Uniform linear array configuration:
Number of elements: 24
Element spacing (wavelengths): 0.5
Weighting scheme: cosine
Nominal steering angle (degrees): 0
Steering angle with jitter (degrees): -1.857
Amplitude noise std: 0.05
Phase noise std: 0.05

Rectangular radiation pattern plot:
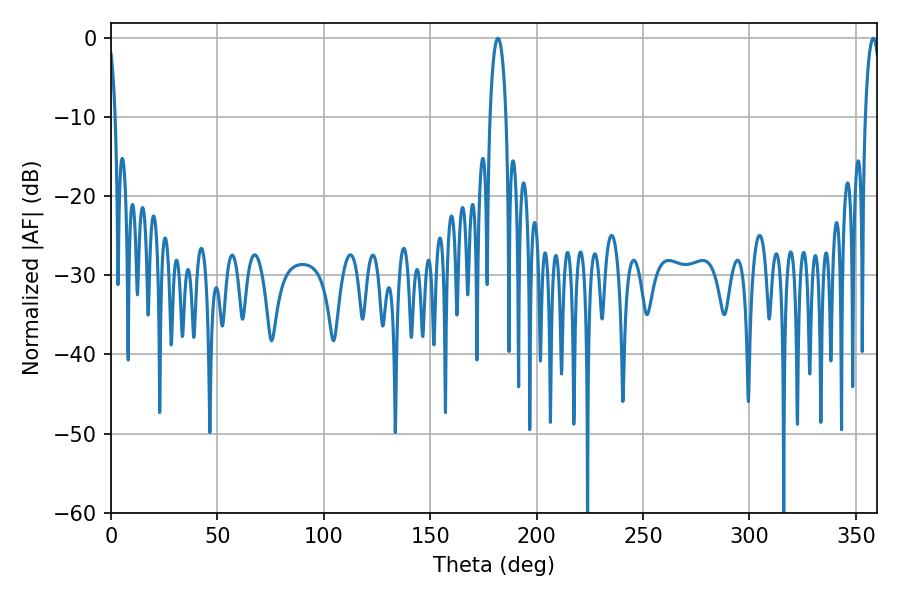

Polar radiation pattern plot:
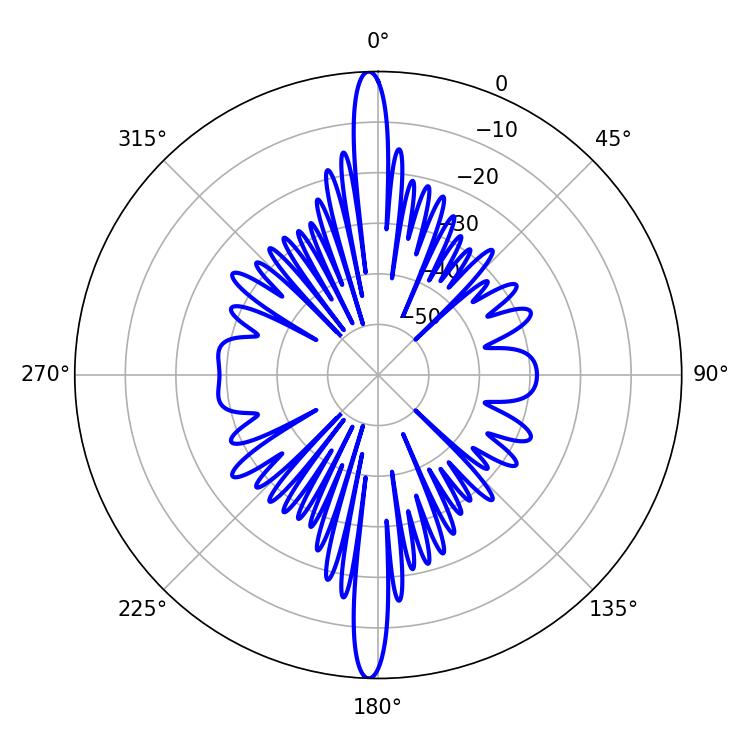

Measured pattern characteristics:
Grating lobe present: FALSE
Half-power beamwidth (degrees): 4.32
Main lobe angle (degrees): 181.8